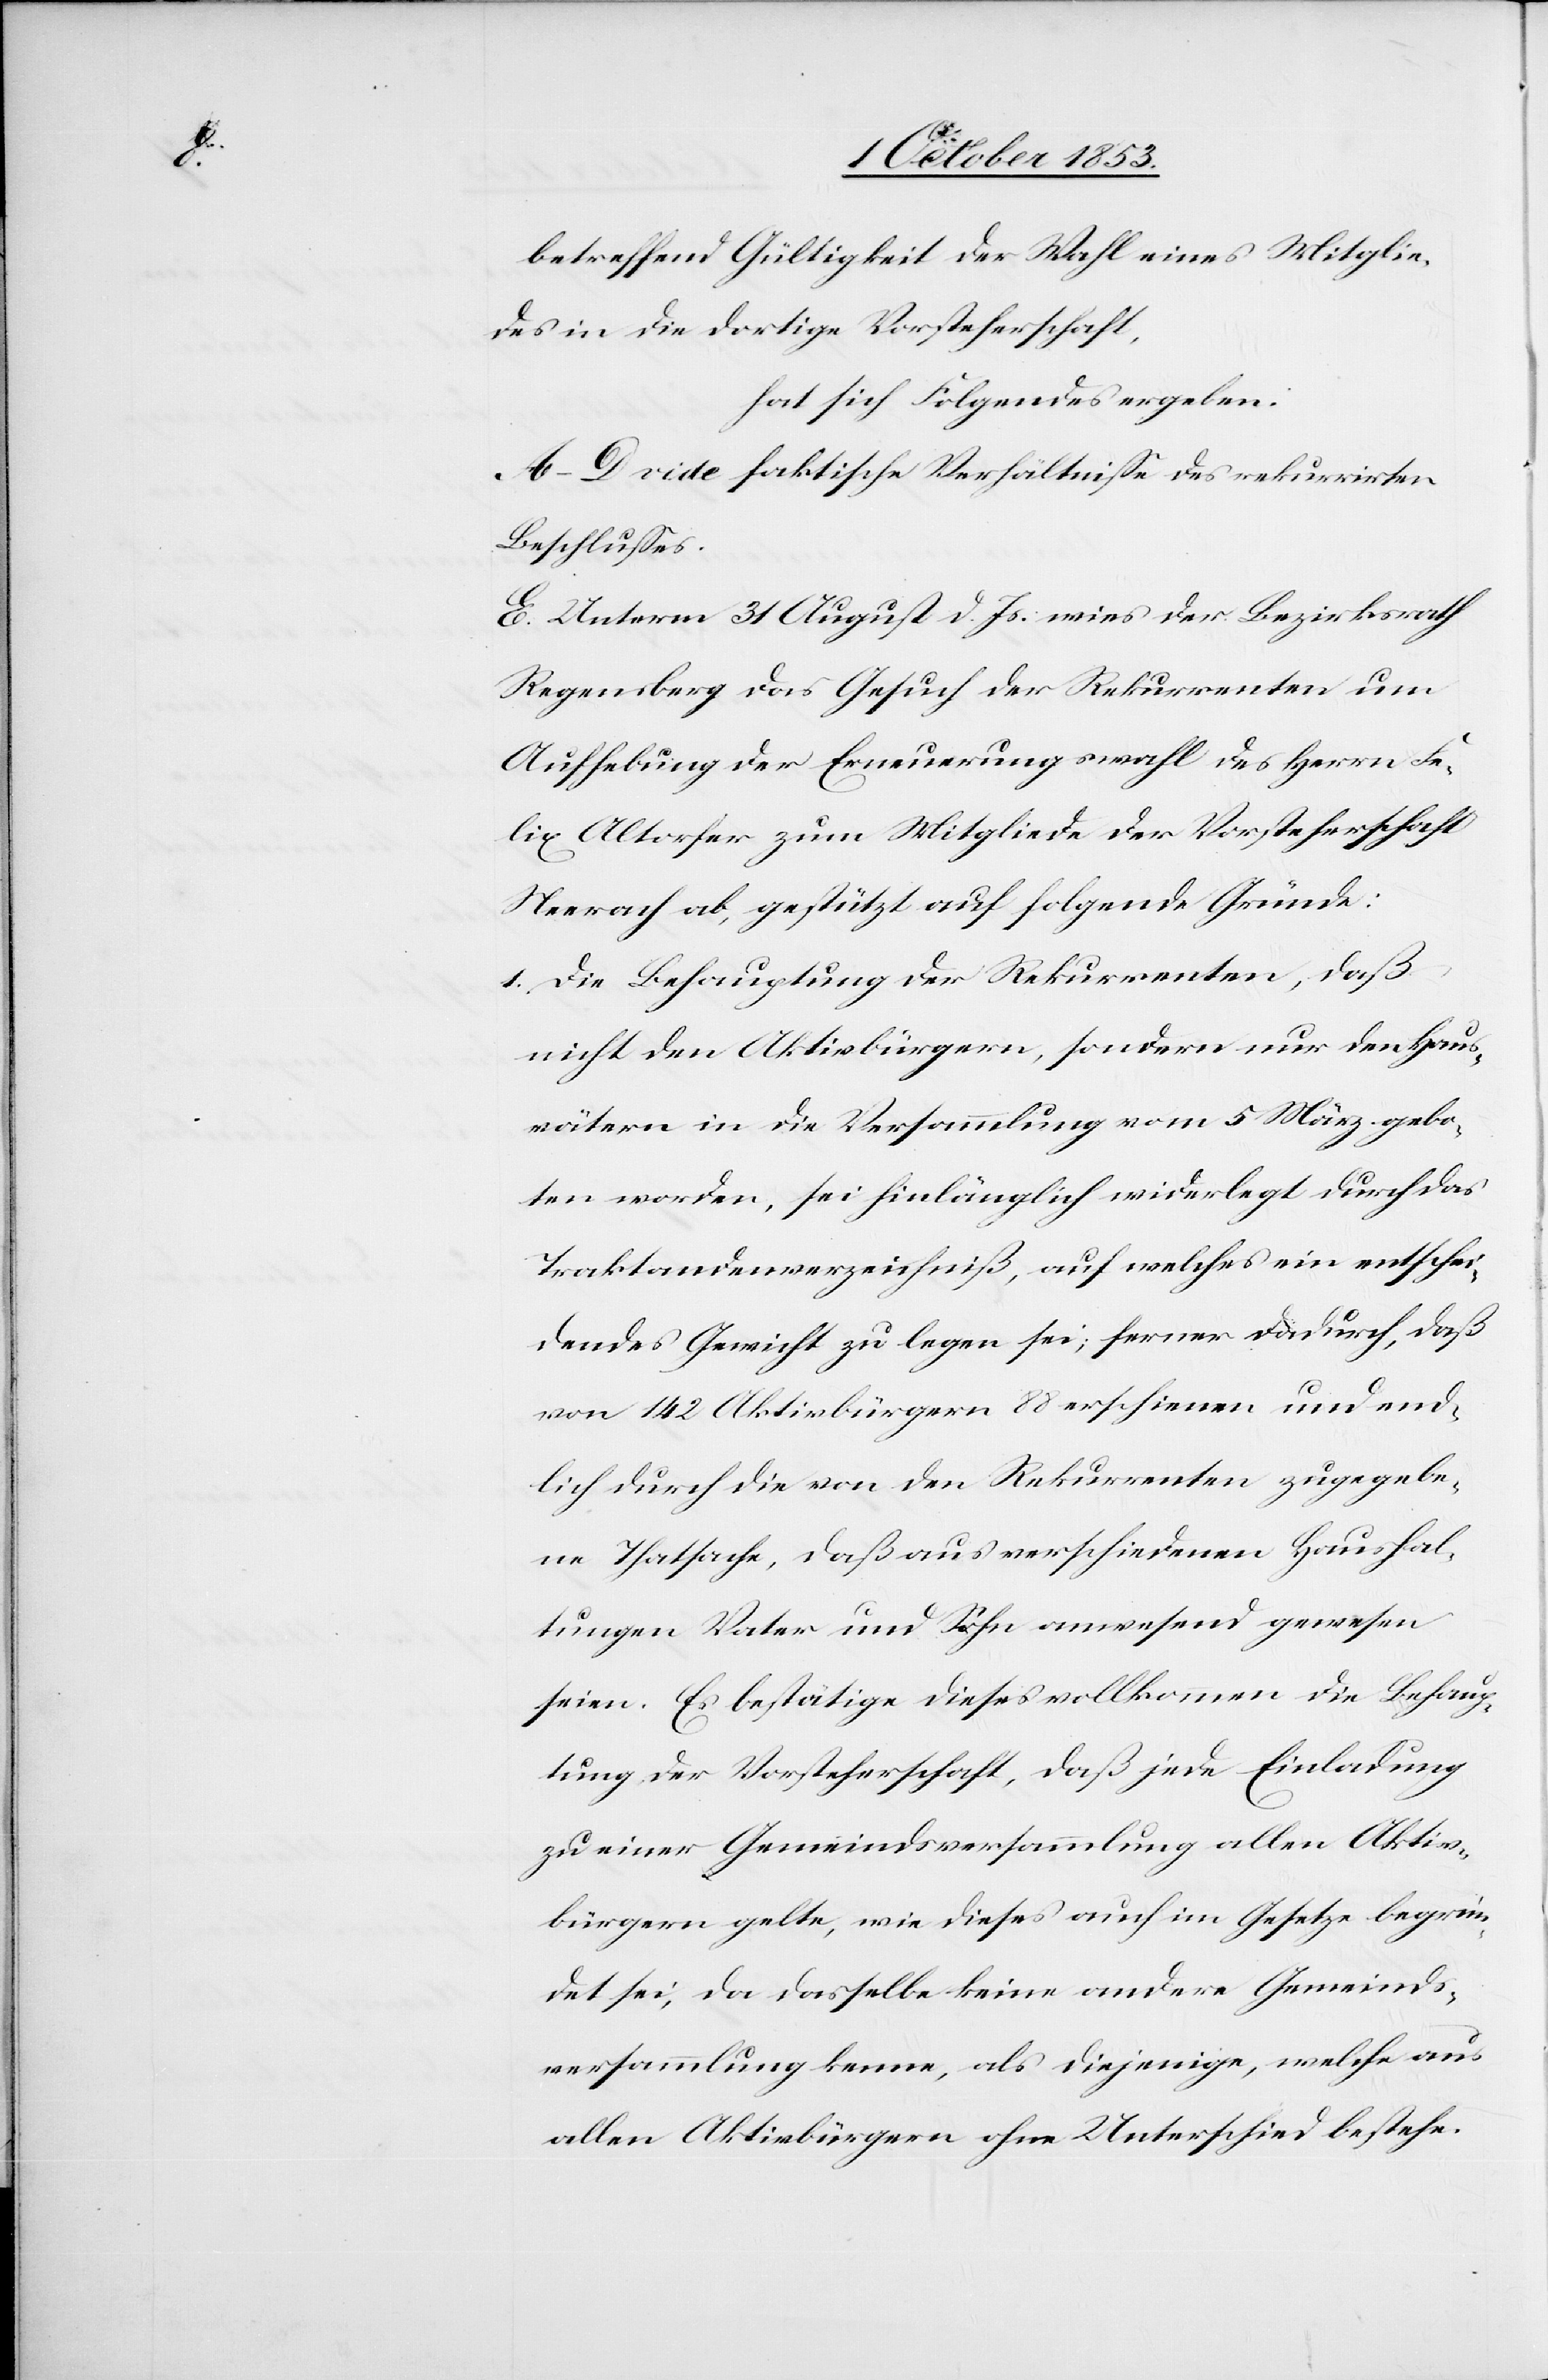
betreffend Gültigkeit der Wahl eines Mitglie¬
des in die dortige Vorsteherschaft,
hat sich Folgendes ergeben:
A–D. vide faktische Verhältniße des rekurrirten
Beschlußes.
E. Unterm 31 August d. Js. wies der Bezirksrath
Regensberg das Gesuch der Rekurrenten um
Aufhebung der Erneuerungswahl des Herrn Fe¬
lix Altorfer zum Mitgliede der Vorsteherschaft
Neerach ab, gestützt auf folgende Gründe:
1. Die Behauptung der Rekurrenten, daß
nicht den Aktivbürgern, sondern nur den Haus¬
vätern in die Versammlung vom 5 März gebo¬
ten worden, sei hinlänglich widerlegt durch das
Traktandenverzeichniß, auf welches ein entschei¬
dendes Gewicht zu legen sei, ferner dadurch, daß
von 142 Aktivbürgern 88 erschienen, und end¬
lich durch die von den Rekurrenten zugegebe¬
ne Thatsache, daß aus verschiedenen Haushal¬
tungen Vater und Sohn anwesend gewesen
seien. Es bestätige dieses vollkommen die Behaup¬
tung der Vorsteherschaft, daß jede Einladung
zu einer Gemeindsversammlung allen Aktiv¬
bürgern gelte, wie dieses auch im Gesetze begrün¬
det sei, da dasselbe keine andere Gemeinds¬
versammlung kenne, als diejenige, welche aus
allen Aktivbürgern ohne Unterschied bestehe.